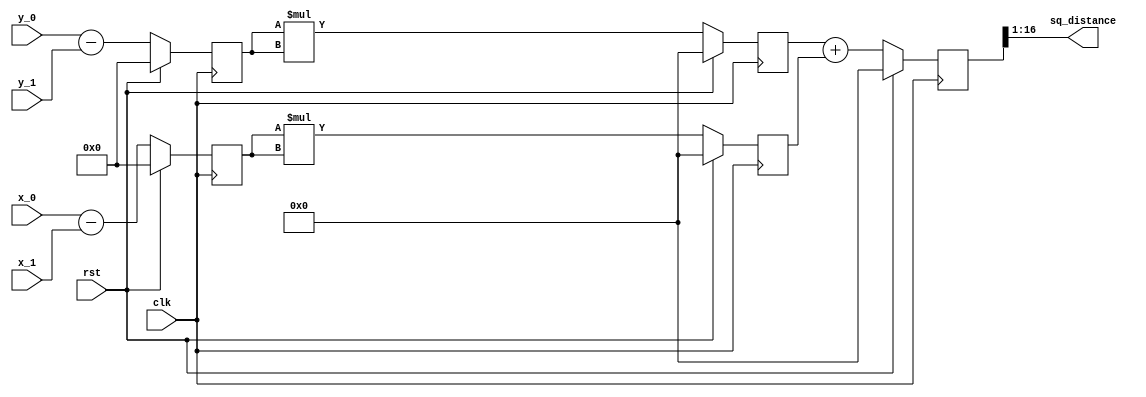
`timescale 1ns / 1ps


////////////////////////////////////////////////////////////////////////////////
// Company:     Riftek LLC
// Design Name: point_bram
////////////////////////////////////////////////////////////////////////////////

module distance(
    input rst,
    input clk,
    input [7:0] x_0,
    input [7:0] x_1,
    input [7:0] y_0,
    input [7:0] y_1,
    output [15:0] sq_distance
    );
	 
	 reg signed [8 :0] reg_a, reg_c;
	 reg signed [16:0] reg_b, reg_d, reg_out;
	 assign sq_distance = (reg_out >> 1);
	 
	 always @(posedge clk)
		if(rst) begin
			reg_a <= 0;
			reg_b <= 0;
		end else begin
		   reg_a <= x_0 - x_1;
			reg_b <= reg_a * reg_a;		
		end
		
	 always @(posedge clk)
		if(rst) begin
			reg_c <= 0;
			reg_d <= 0;
		end else begin
		   reg_c <= y_0 - y_1;
			reg_d <= reg_c * reg_c;		
		end
		
	always @(posedge clk)if(rst) reg_out <= 0; else reg_out <= reg_d + reg_b;


endmodule